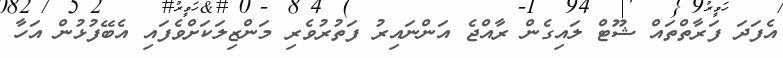
އެފަދަ ފަރާތްތައް ޝޫޓް ލައިގެން ރާއްޖެ އަންނައިރު ފަތުރުވެރި މަންޒިލަކަށްވެފައި އެބޭފުޅުން އަހާ